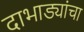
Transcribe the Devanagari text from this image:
दाभाड्यांचा